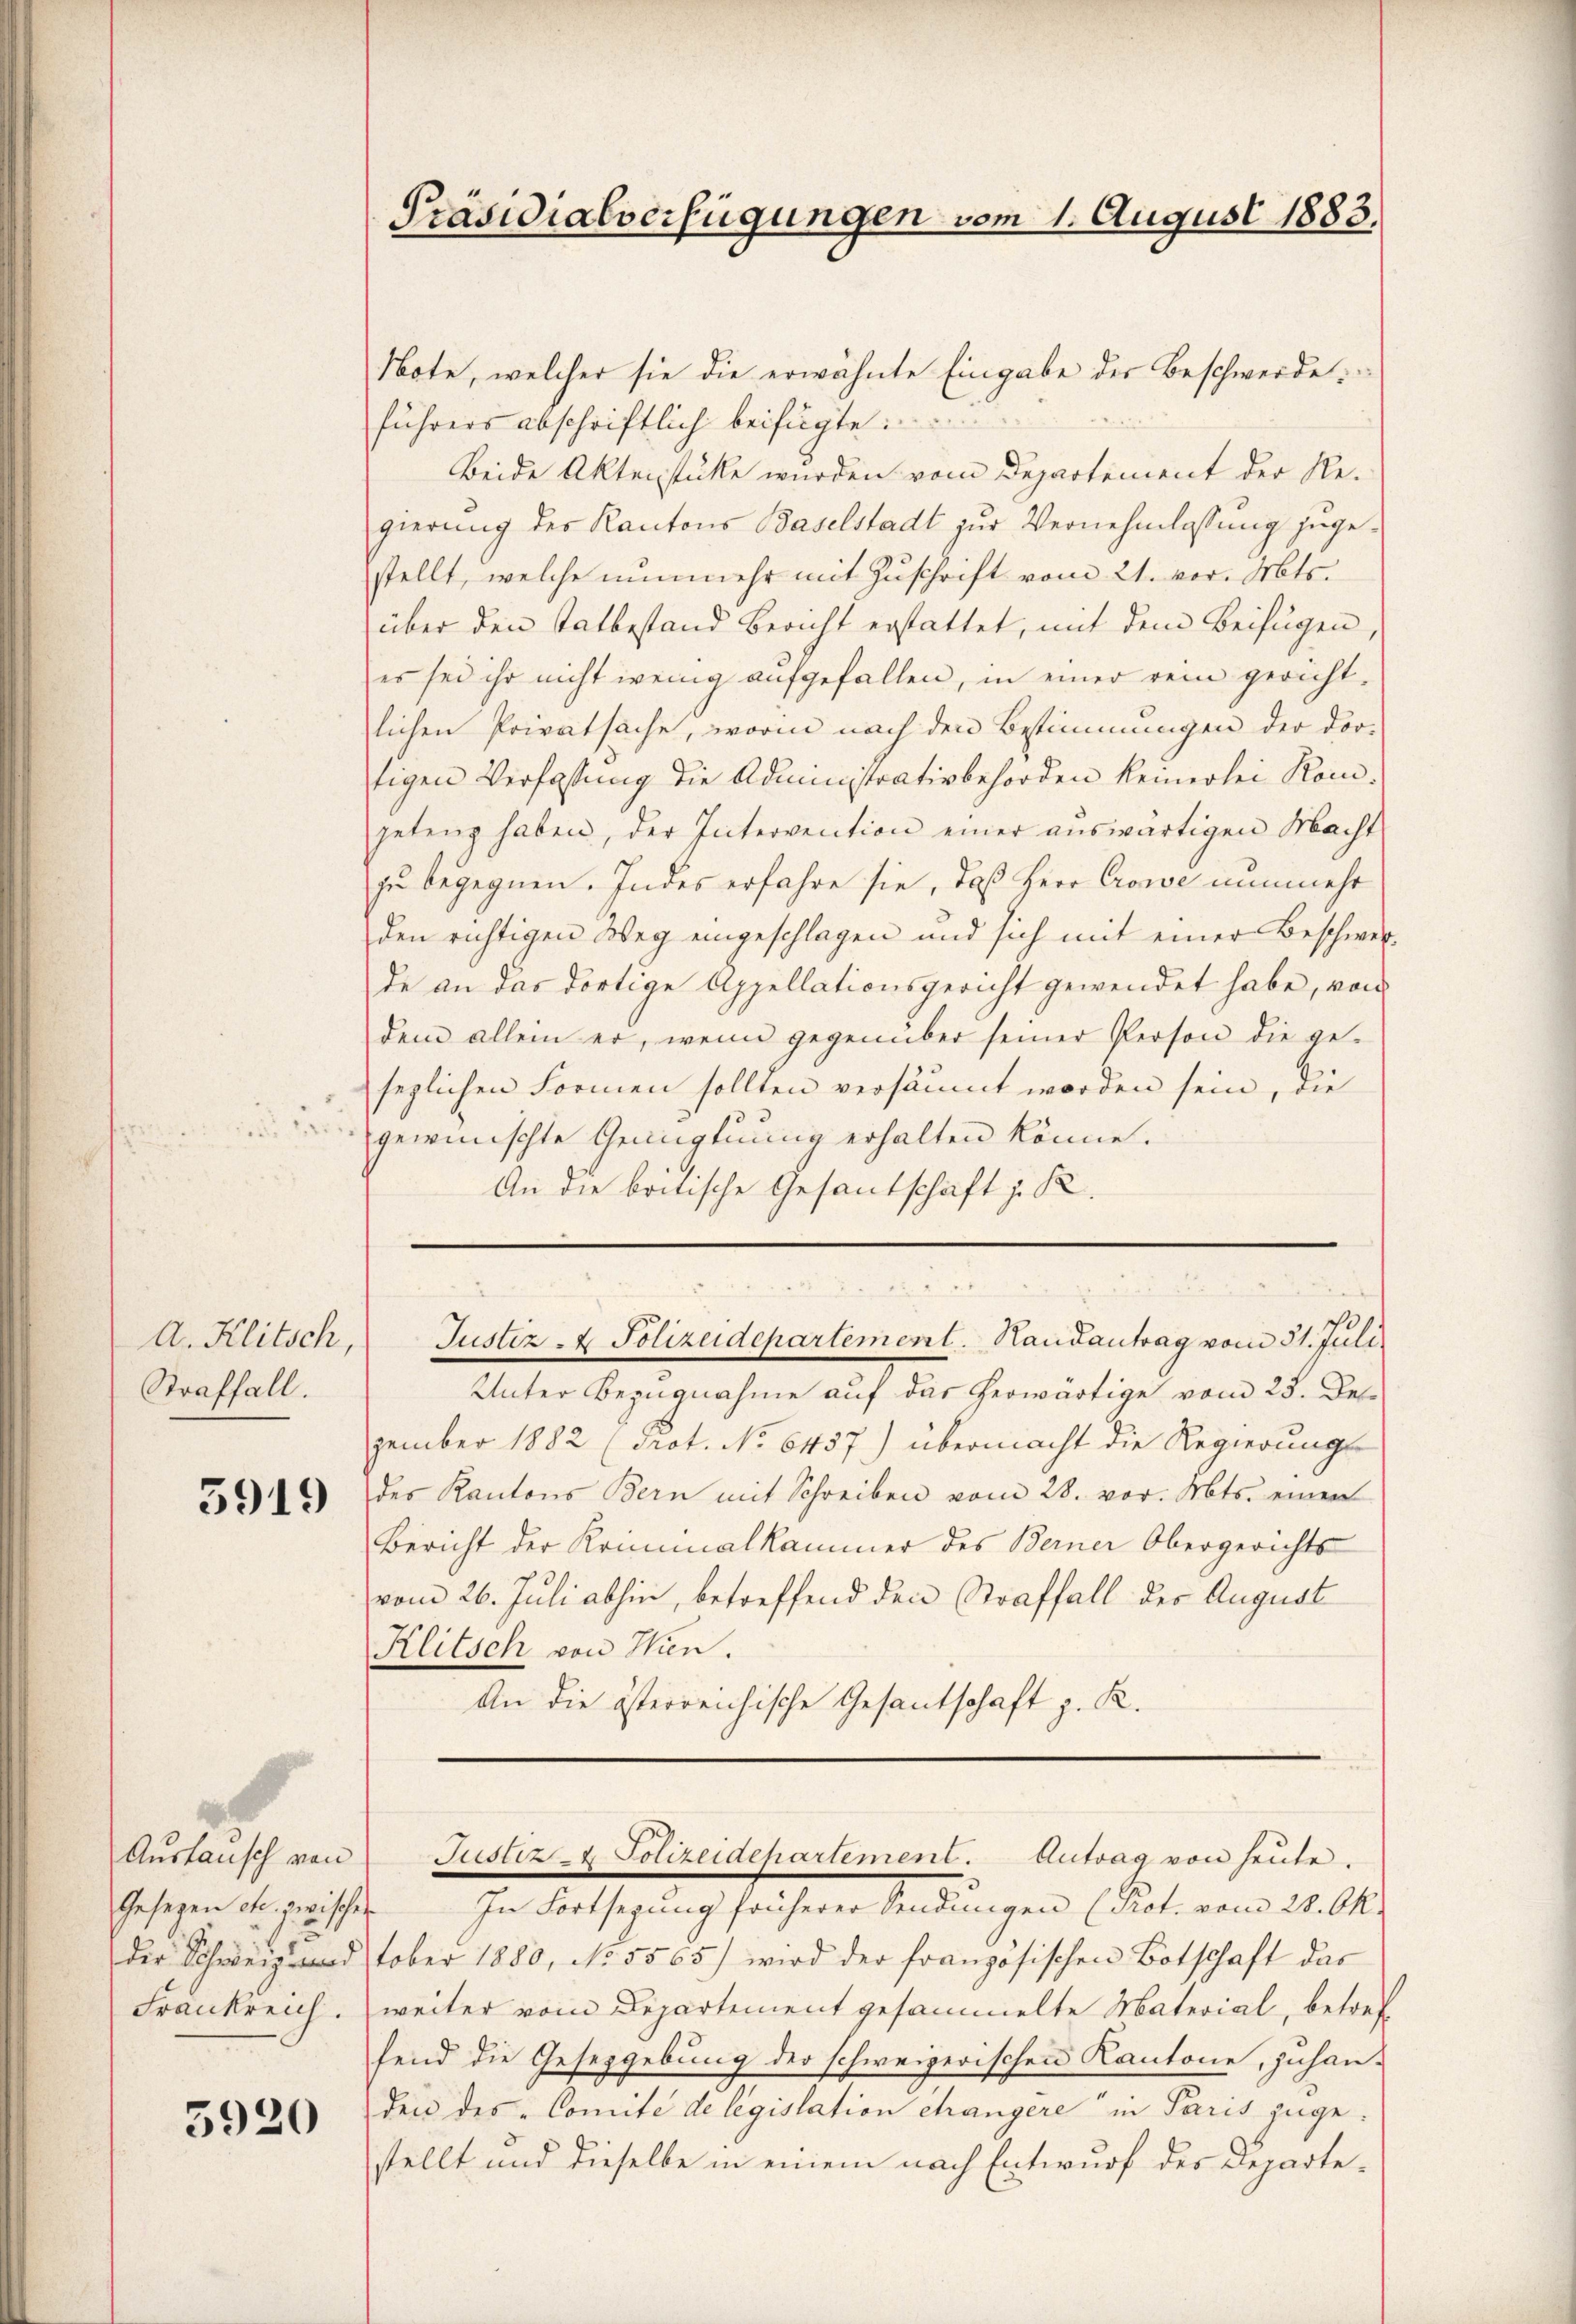
A. Klitsch,
Straffall.

5919

Auslausch von
Gesezen etc. zwischen
Der Schweiz und
Frankreich.

5920

Note, welcher sie die erwähnte Eingabe der Beschwerde
führers abschriftlich beifügte:
Beide Aktenstücke wurden vom Departement der Re-
gierung des Kantons Baselstadt zur Vernehmlassung zugestellt, welche nunmehr mit Zuschrift vom 21. vor. Mts.
über den tatbestand Bericht erstattet, mit dem Beifügen
es sei ihr nicht wenig aufgefallen, in einer rein gerichtlichen Privatsache, worin nach den Bestimmungen der dor-
tigen Verfassung die Administrativbehörden keinerlei Kom-
geten haben, der Intervention einer auswärtigen Macht
zu begegnen. Indes erfahre sie, daß Herr Crowe nunmehr
den richtigen Weg eingeschlagen und sich mit einer Beschwer-
de an das dortige Appellationsgericht gewendet habe, von
dem allein er, wenn gegenüber seiner Person die gesezlichen Formen sollten versäumt worden sein, die
gewünschte Genugtuung erhalten könne.
An die britische Gesantschaft z. R.

Präsidialverfügungen vom 1. August 1883,

Justiz- & Polizeidepartement. Handantrag vom 31. Juli

Unter Bezugnahme auf das herwärtige vom 23. De
zember 1882 (Prot. No 6457) übermacht die Regierungs-
des Kantons Bern mit Schreiben vom 28. vor. Mts. einen
Bericht der Kriminalkammer des Berner Obergerichts
vom 26. Juli abhin, betreffend den Straffall der August
Klitsch von Wien.
An die österreichische Gesantschaft z. R.

In Fortsegung früherer Sendungen (Prot. vom 28. Ok-
tober 1880, No. 5565) wird der französischen Botschaft das
weiter vom Departement gesammelte Material, betref
send die Gesetzgebung der schweizerischen Kantone, zuhan-
den des Comité de legislation changere in Paris zugestellt und dieselbe in einem nach Entwurf des Departe¬

Justiz- & Polizeidepartement. Antrag von heute.